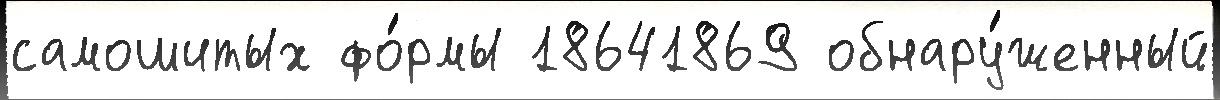
самошитых фо́рмы 18641869 обнару́женный